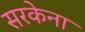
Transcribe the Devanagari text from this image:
सरकेना